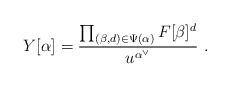
\begin{align*}Y[\alpha] = \frac{\prod_{(\beta, d) \in \Psi(\alpha)}F[\beta]^d}{u^{\alpha^\vee}} \ .\end{align*}